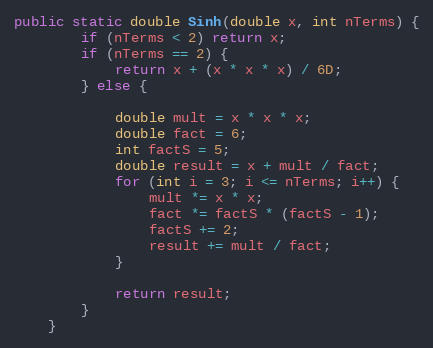
Language: Java
public static double Sinh(double x, int nTerms) {
        if (nTerms < 2) return x;
        if (nTerms == 2) {
            return x + (x * x * x) / 6D;
        } else {

            double mult = x * x * x;
            double fact = 6;
            int factS = 5;
            double result = x + mult / fact;
            for (int i = 3; i <= nTerms; i++) {
                mult *= x * x;
                fact *= factS * (factS - 1);
                factS += 2;
                result += mult / fact;
            }

            return result;
        }
    }